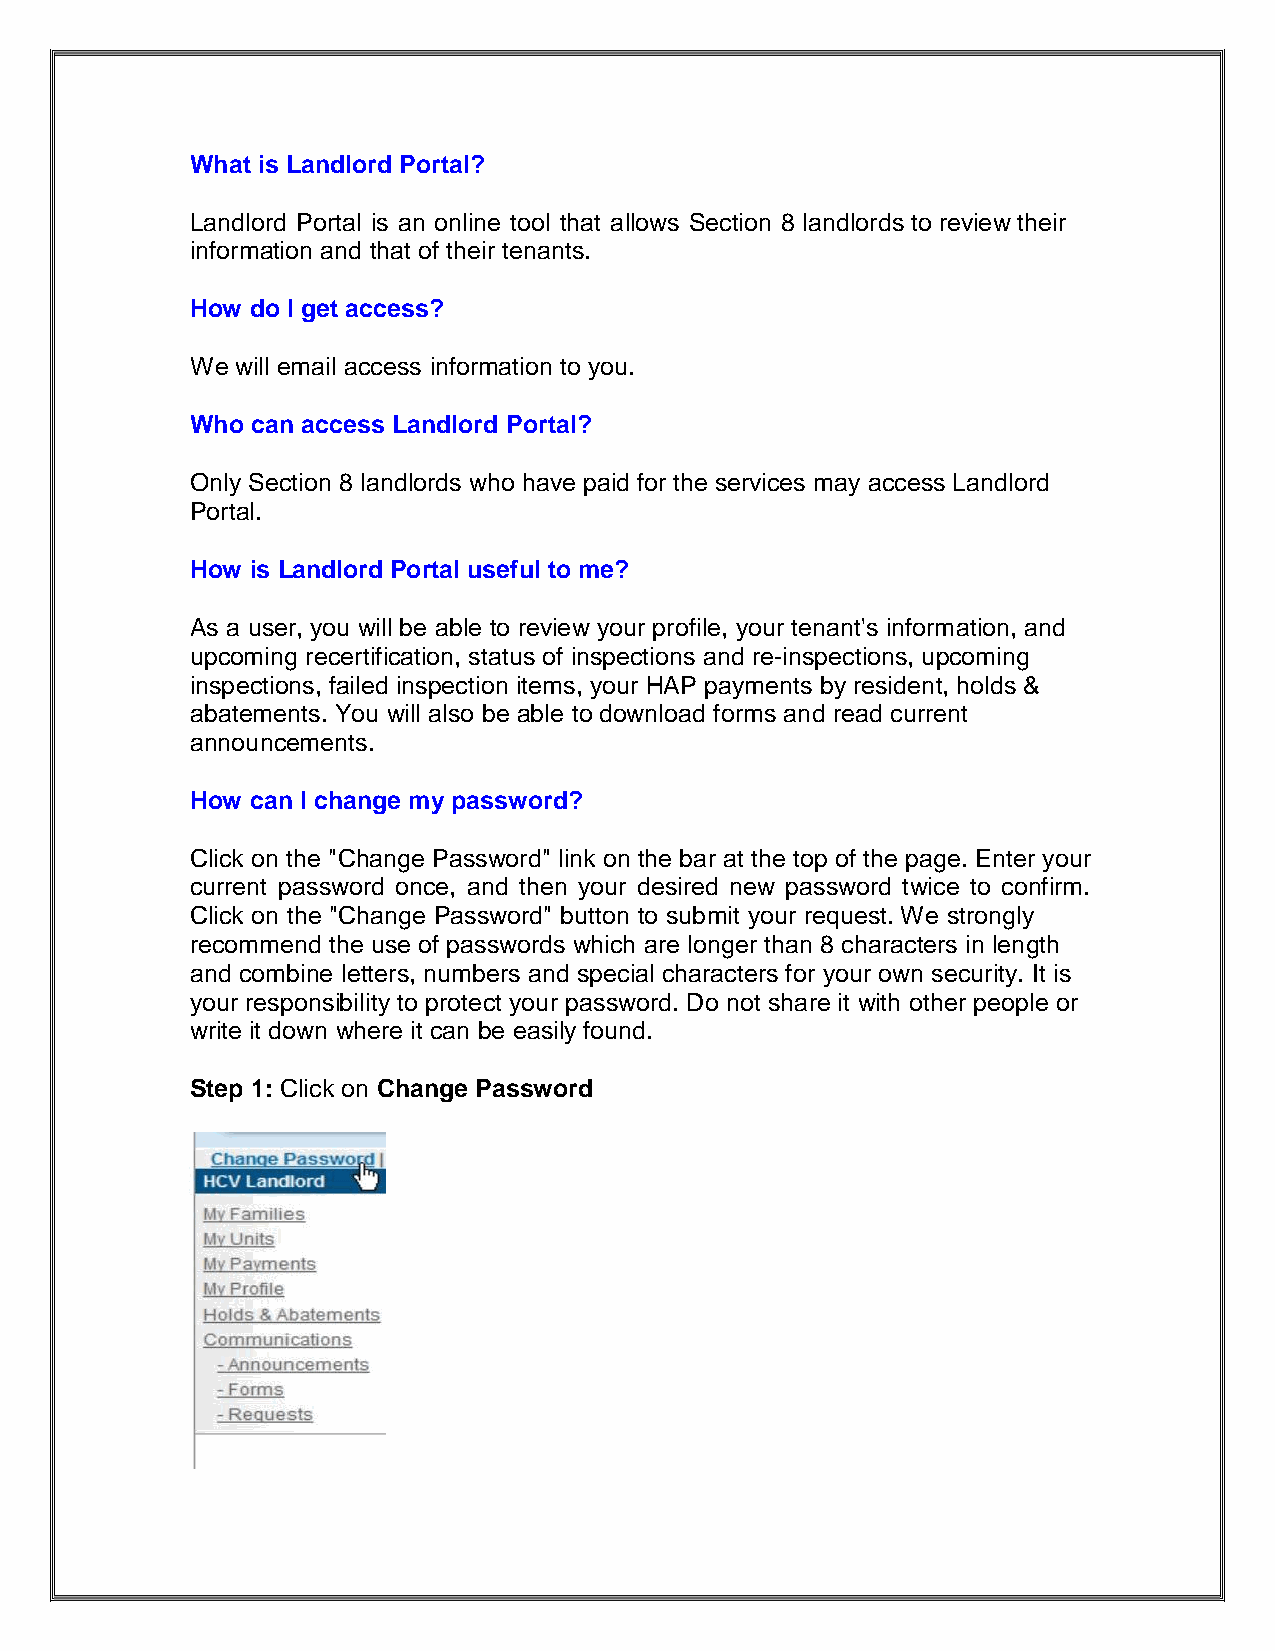
What is Landlord Portal?
 Landlord Portal is an online tool that allows Section 8 landlords to review their
 information and that of their tenants.
 How do I get access?
 We will email access information to you.
 Who can access Landlord Portal?
 Only Section 8 landlords who have paid for the services may access Landlord
 Portal.
 How is Landlord Portal useful to me?
 As a user, you will be able to review your profile, your tenant's information, and
 upcoming recertification, status of inspections and re-inspections, upcoming
 inspections, failed inspection items, your HAP payments by resident, holds &
 abatements. You will also be able to download forms and read current
 announcements.
 How can I change my password?
 Click on the "Change Password" link on the bar at the top of the page. Enter your
 current password once, and then your desired new password twice to confirm.
 Click on the "Change Password" button to submit your request. We strongly
 recommend the use of passwords which are longer than 8 characters in length
 and combine letters, numbers and special characters for your own security. It is
 your responsibility to protect your password. Do not share it with other people or
 write it down where it can be easily found.
 Step 1: Click on Change Password